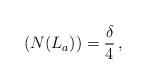
LaTeX: \begin{align*}\,(N(L_a))=\frac{\delta}{4}\,,\end{align*}